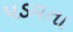
પડવતા